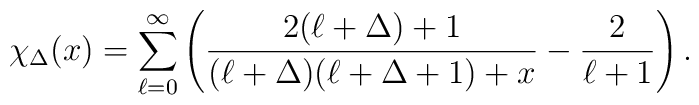
\chi_{\Delta} ( x ) = \sum_{\ell = 0}^{\infty }\left( \frac{2(\ell + \Delta ) + 1 }{(\ell + \Delta ) (\ell + \Delta +1 ) + x }- \frac{2}{\ell + 1} \right).